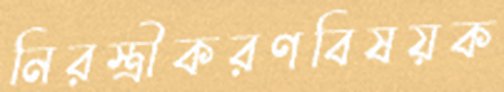
নিরস্ত্রীকরণবিষয়ক